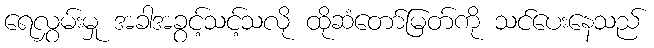
ရေလွှမ်းမှု အခါအခွင့်သင့်သလို ထိုဆံတော်မြတ်ကို သင်ပေးနေသည်